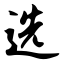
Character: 选